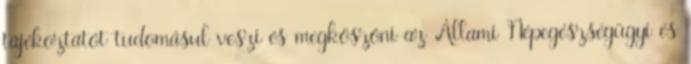
tájékoztatót tudomásul veszi és megköszöni az Állami Népegészségügyi és